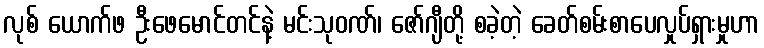
လုစ် ယောက်ဖ ဦးဖေမောင်တင်နဲ့ မင်းသုဝဏ်၊ ဇော်ဂျီတို့ စခဲ့တဲ့ ခေတ်စမ်းစာပေလှုပ်ရှားမှုဟာ